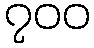
၇၀၀